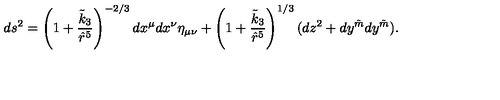
d s ^ { 2 } = \left( 1 + \frac { \tilde { k } _ { 3 } } { \hat { r } ^ { 5 } } \right) ^ { - 2 / 3 } d x ^ { \mu } d x ^ { \nu } \eta _ { \mu \nu } + \left( 1 + \frac { \tilde { k } _ { 3 } } { \hat { r } ^ { 5 } } \right) ^ { 1 / 3 } ( d z ^ { 2 } + d y ^ { \tilde { m } } d y ^ { \tilde { m } } ) .